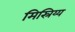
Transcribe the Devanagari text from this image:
मिस्रिय्य